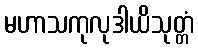
မဟာသကုလုဒါယိသုတ္တံ